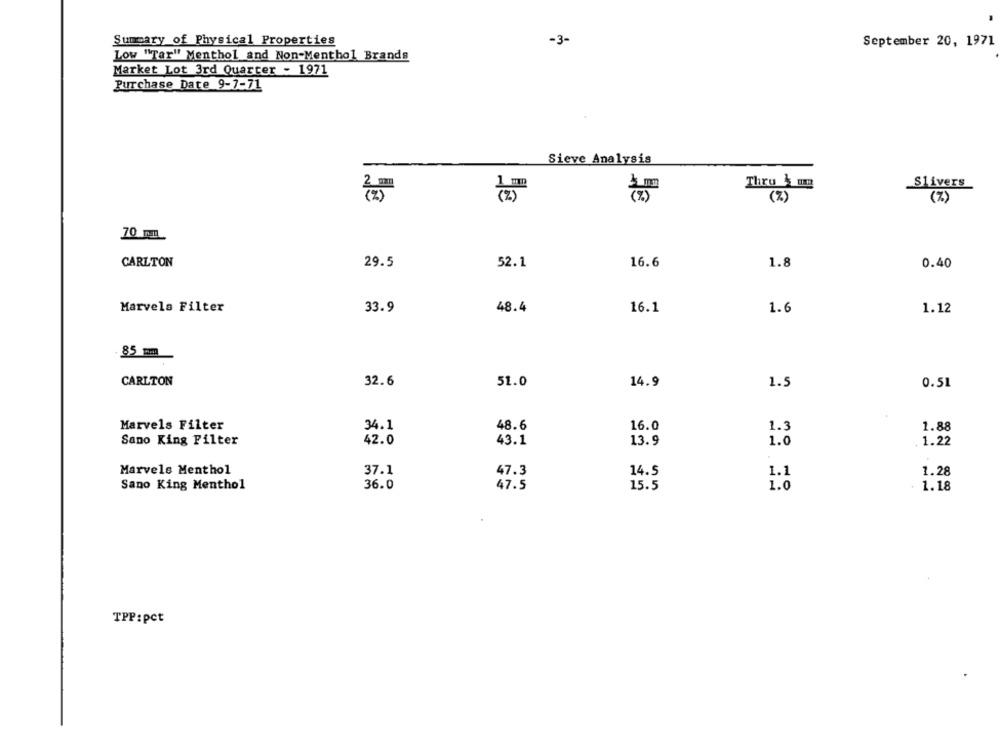
Summary of Physical Properties
-3-
September 20, 1971
Low "Tar" Menthol and Non-Menthol Brands
Market Lot 3rd Quarter - 1971
Purchase Date 9-7-71
Sieve Analysis
Thru 3 mg
Slivers
12
(%)
70 mm
CARLTON
29.5
52.1
16.6
1.8
0.40
48.4
Marvels Filter
33.9
16.1
1.6
1.12
85 mm
CARLTON
32.6
51.0
14.9
1.5
0.51
Marvels Filter
34.1
48.6
16.0
1.3
1.88
Sano King Filter
42.0
43.1
13.9
1.0
1.22
Marvels Menthol
37.1
47.3
14.5
1.1
1.28
Sano King Menthol
36.0
47.5
15.5
1.0
1.18
TPP:pct